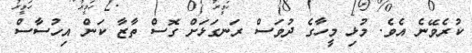
ކުރެވޭނެ އެވެ. މުޅި މީހާގެ ދުވަސް ރަނގަޅަށް ގޮސް ތާޒާ ކަން އިހުސާސް